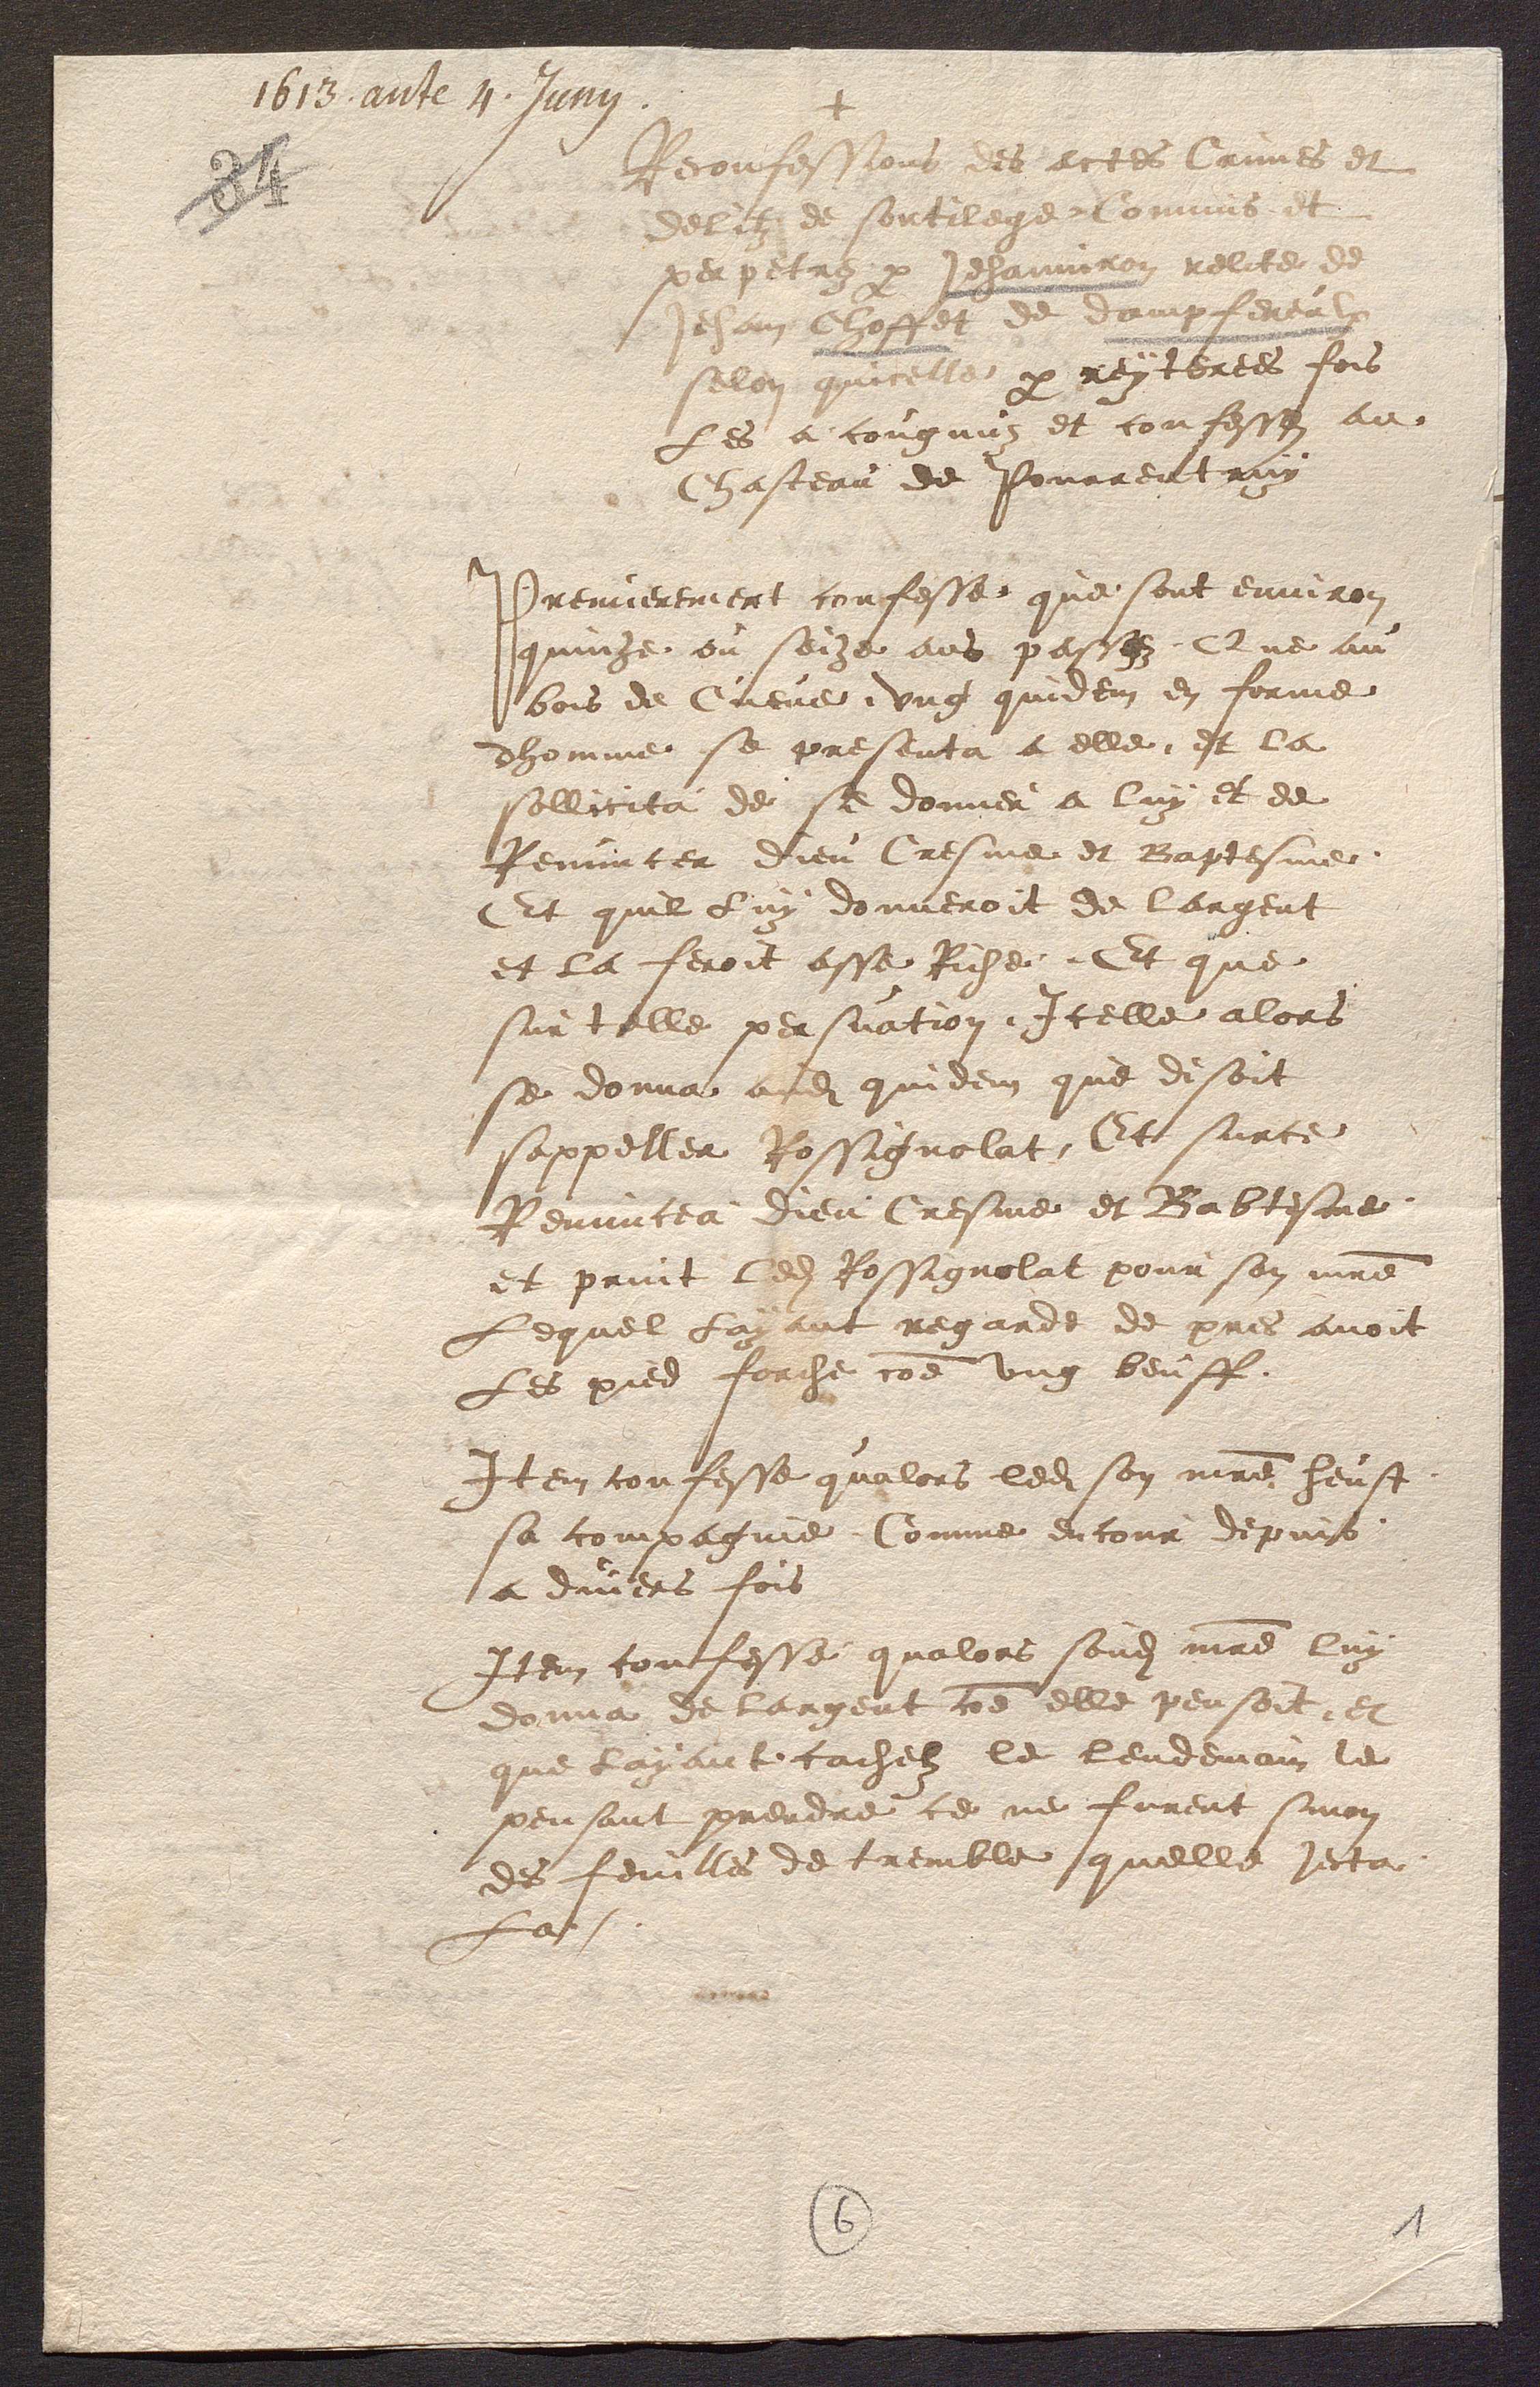
+
Reconfessions des actes Crimes et
delitz de sortilege Commis et
perpetre par Jehanniron relite de
Jehan Choffet de dampfereulx
selon quicelle par reytertes fois
Les a cougnuz et confesson au
Chasteau de Pourrentruy
Premierement confesse que sont environ
quinze ou seize ans pasez Que au
bois de Cueve, ung quidem en forme
dhomme se presenta a elle, et la
sollicita de se donner a luy et de
Renuncer Dieu Cresme et Baptesme
Et quil Luy donneroit de largent
et la feroit asse Riche. Et que
sur talle persuation, Icelle alors
se donna audit quidem que disoit
sappeller Rossignolat, Et surce
Renuncea Dieu Cresme et Babtesme.
et print ledit Ressignolat pour son maitre
Lequel Layant regarde de pres avoit
Les pied forche comme ung beuff.
Item confesse qualors ledit son maitre heust
sa compagnie Comme en cour depuis
a divers fois
Item confesse qualors sondit maitre luy
donna de largent come elle pensoit, et
que layant tachelz le lendemain le
pensant prendre ce ne furent sinon
des feuilles de tremble quelle jecta
La